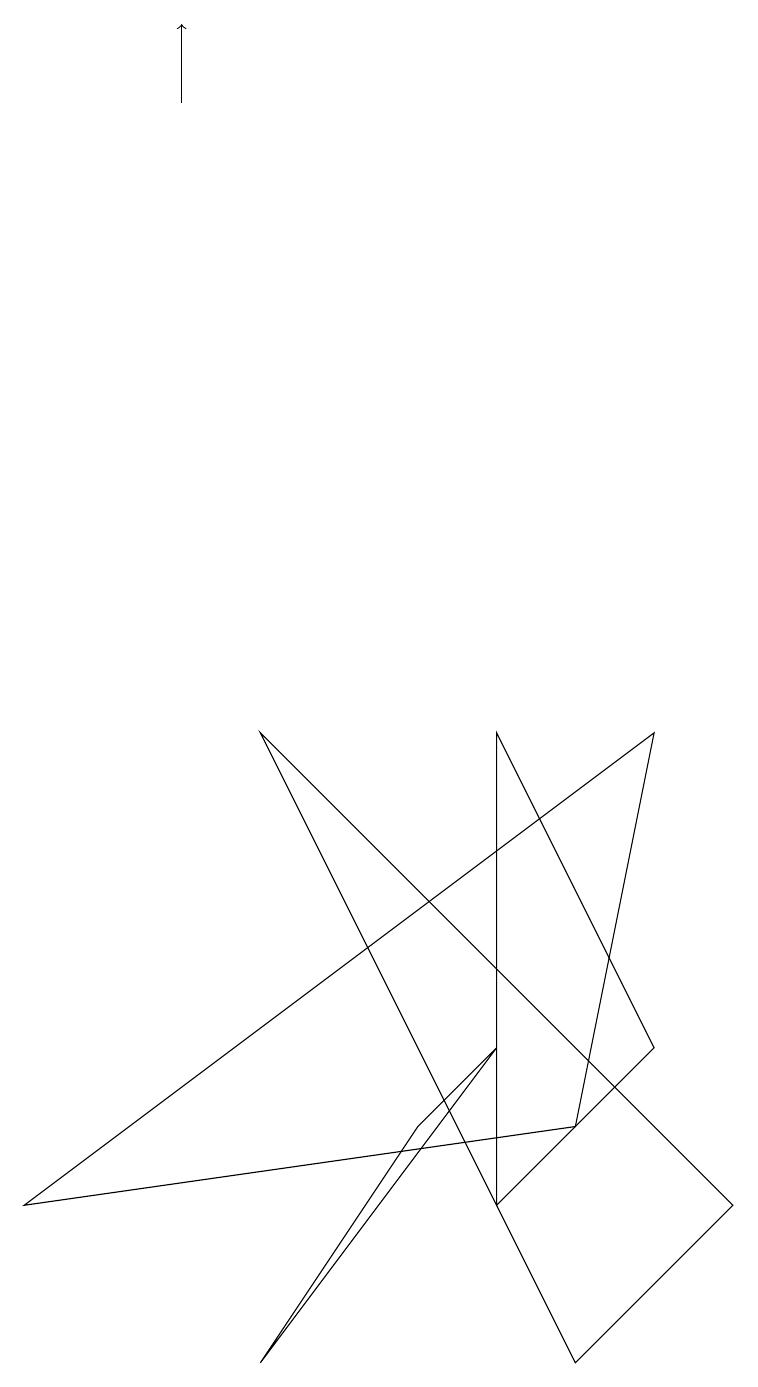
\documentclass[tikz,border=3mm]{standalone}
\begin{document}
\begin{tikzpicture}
\draw[->] (2,17) -- (2,18);
\draw (7,4) -- (8,9) -- (0,3) -- cycle;
\draw (3,1) -- (5,4) -- (6,5) -- cycle;
\draw (8,5) -- (6,9) -- (6,3) -- cycle;
\draw (9,3) -- (3,9) -- (7,1) -- cycle;
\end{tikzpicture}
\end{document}